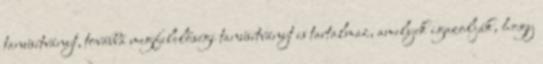
tanúsítványt, továbbá megfelelőségi tanúsítványt is tartalmaz, amelyek igazolják, hogy